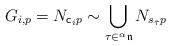
LaTeX: \begin{align*}G_{i,p}=N_{{\sf c}_{i}p}\sim \bigcup_{{\tau}\in {}^{\alpha}\mathfrak{n}} N_{s_{\bar{\tau}}p}\end{align*}